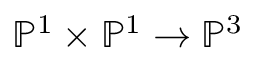
\mathbb { P } ^ { 1 } \times \mathbb { P } ^ { 1 } \to \mathbb { P } ^ { 3 }